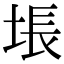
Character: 㙊